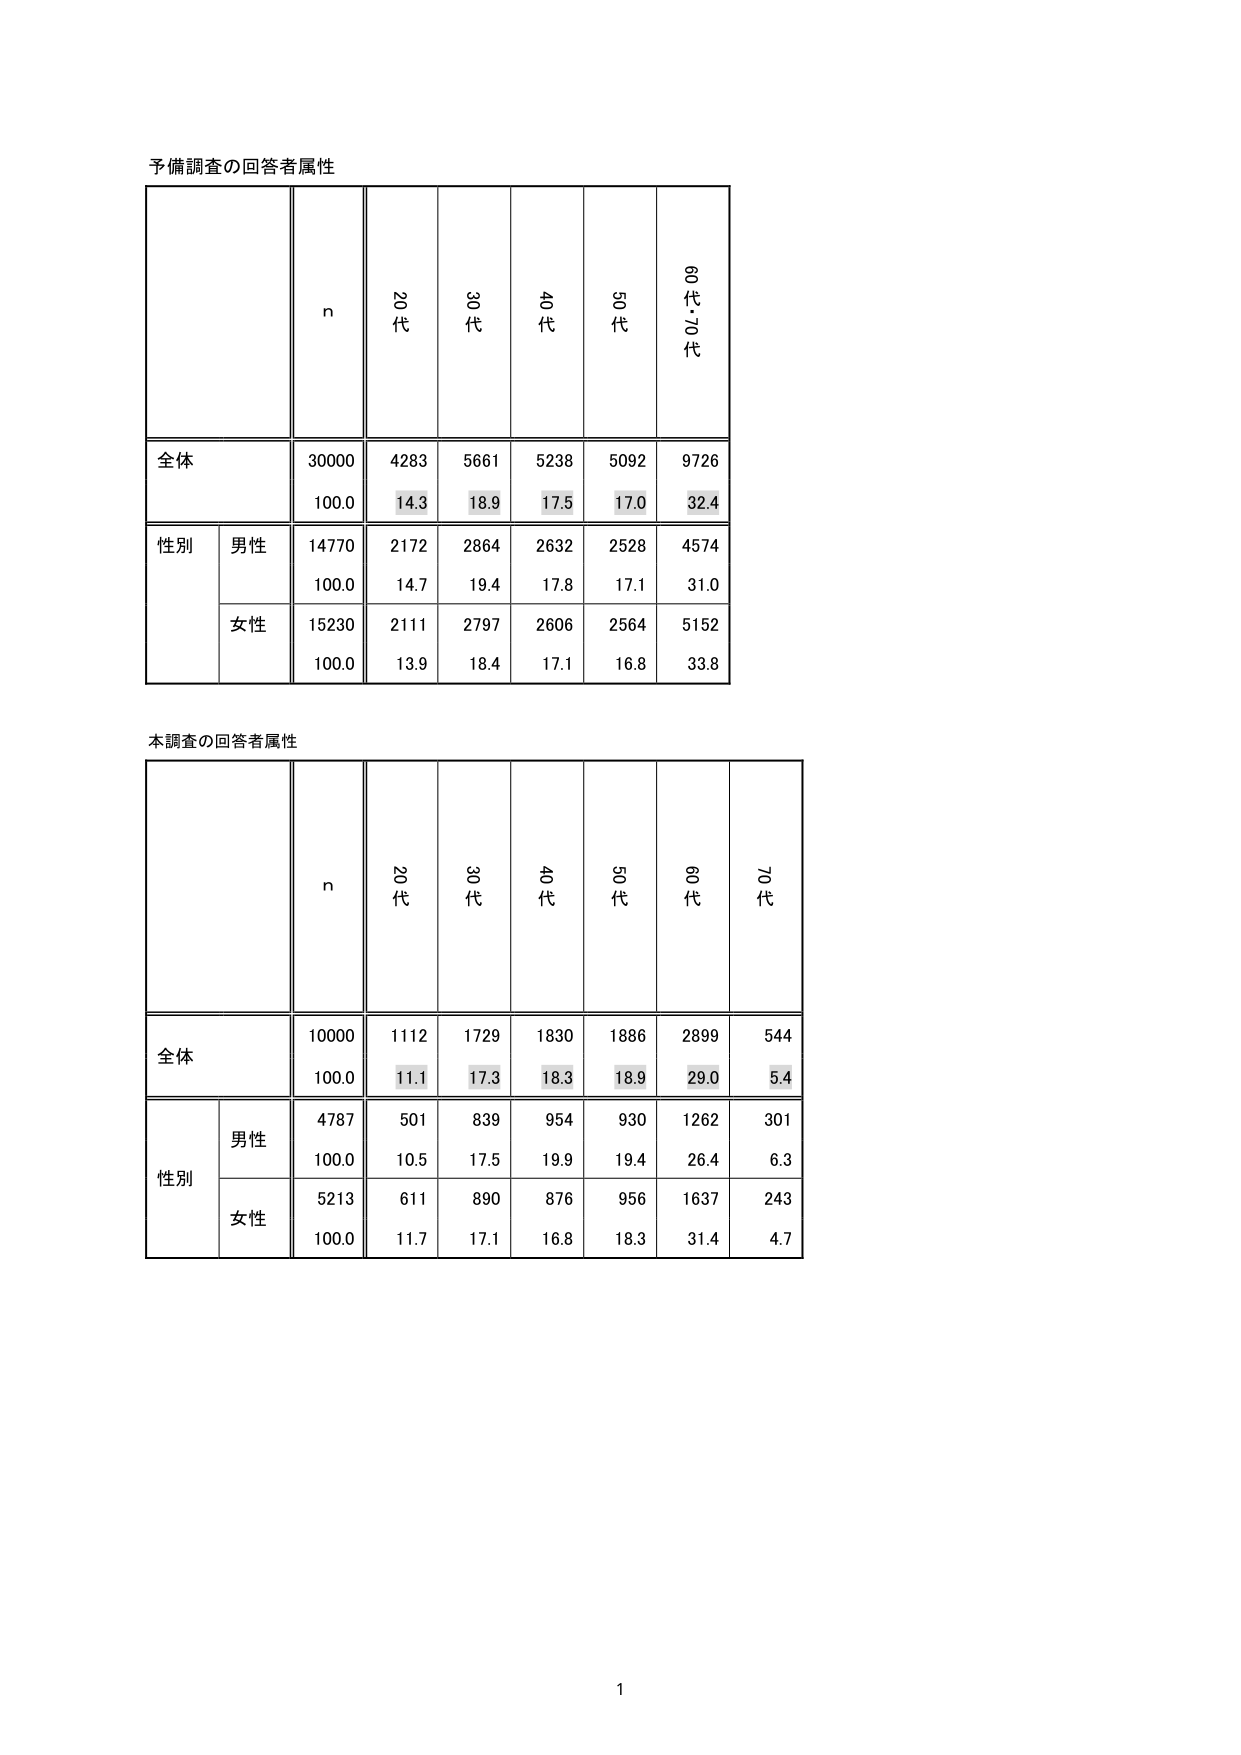
予備調査の回答者属性

n 20代 30代 40代 50代 60・70代

全体 30000 4283 5661 5238 5092 9726
      100.0 14.3 18.9 17.5 17.0 32.4

性別 男性 14770 2172 2864 2632 2528 4574
      100.0 14.7 19.4 17.8 17.1 31.0

      女性 15230 2111 2797 2606 2564 5152
      100.0 13.9 18.4 17.1 16.8 33.8

本調査の回答者属性

n 20代 30代 40代 50代 60代 70代

全体 10000 1112 1729 1830 1886 2899 544
      100.0 11.1 17.3 18.3 18.9 29.0 5.4

性別 男性 4787 501 839 954 930 1262 301
      100.0 10.5 17.5 19.9 19.4 26.4 6.3

      女性 5213 611 890 876 956 1637 243
      100.0 11.7 17.1 16.8 18.3 31.4 4.7

1